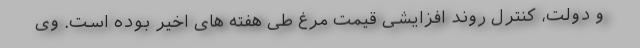
و دولت، کنترل روند افزایشی قیمت مرغ طی هفته های اخیر بوده است. وی